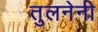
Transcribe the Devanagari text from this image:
तुलनेनी